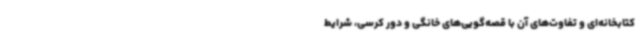
کتابخانه‌ای و تفاوت‌های آن با قصه‌گویی‌های خانگی و دور کرسی، شرایط